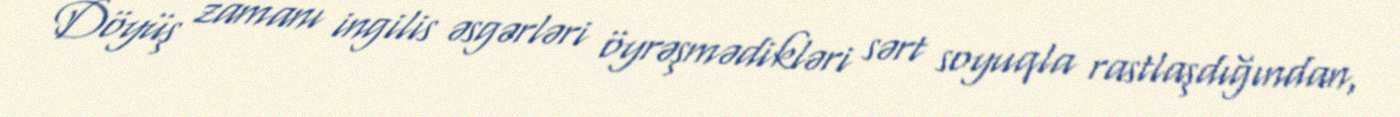
Döyüş zamanı ingilis əsgərləri öyrəşmədikləri sərt soyuqla rastlaşdığından,